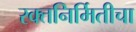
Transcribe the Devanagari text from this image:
रक्तनिर्मितीचा